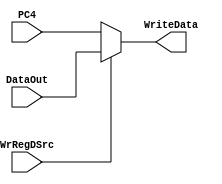
`timescale 1ns / 1ps


module WriteDataSrc(
    input [31:0] PC4,
    input [31:0] DataOut,
    input WrRegDSrc,
    output wire [31:0] WriteData
    );

    assign WriteData = (WrRegDSrc==1)?DataOut:PC4;

endmodule